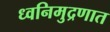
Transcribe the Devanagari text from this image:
ध्वनिमुद्रणात